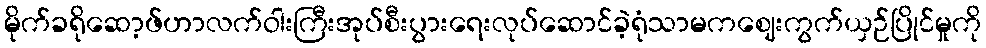
မိုက်ခရိုဆော့ဖ်ဟာလက်ဝါးကြီးအုပ်စီးပွားရေးလုပ်ဆောင်ခဲ့ရုံသာမကဈေးကွက်ယှဉ်ပြိုင်မှုကို